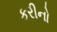
કરીનો